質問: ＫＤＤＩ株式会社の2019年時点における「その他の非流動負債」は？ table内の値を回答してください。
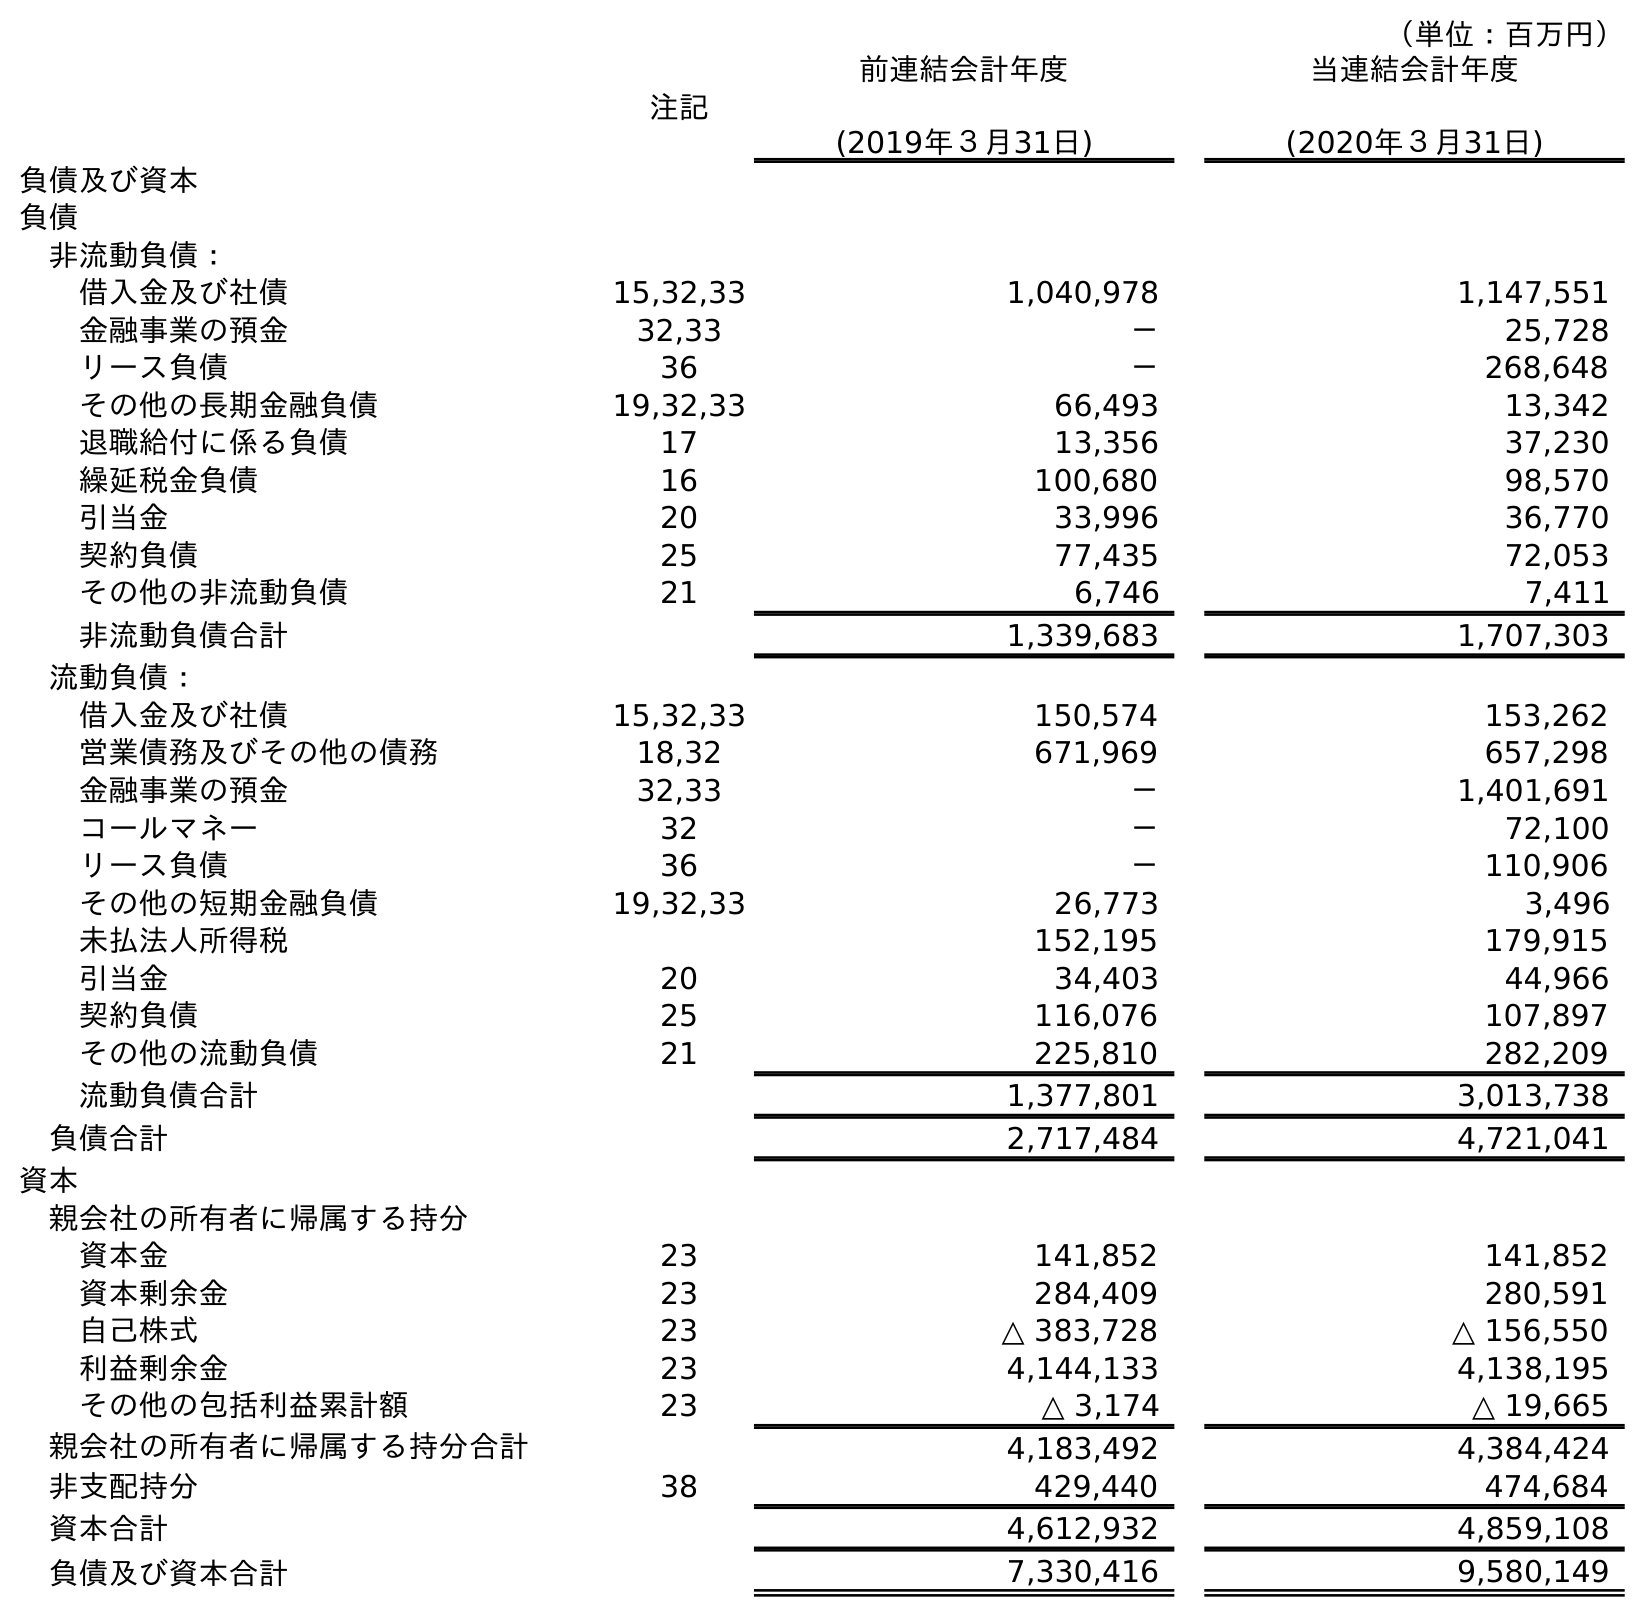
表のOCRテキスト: （単位：百万円） 注記 前連結会計年度 (2019年３月31日) 当連結会計年度 (2020年３月31日) 負債及び資本 負債 非流動負債： 借入金及び社債 15,32,33 1,040,978 1,147,551 金融事業の預金 32,33 － 25,728 リース負債 36 － 268,648 その他の長期金融負債 19,32,33 66,493 13,342 退職給付に係る負債 17 13,356 37,230 繰延税金負債 16 100,680 98,570 引当金 20 33,996 36,770 契約負債 25 77,435 72,053 その他の非流動負債 21 6,746 7,411 非流動負債合計 1,339,683 1,707,303 流動負債： 借入金及び社債 15,32,33 150,574 153,262 営業債務及びその他の債務 18,32 671,969 657,298 金融事業の預金 32,33 － 1,401,691 コールマネー 32 － 72,100 リース負債 36 － 110,906 その他の短期金融負債 19,32,33 26,773 3,496 未払法人所得税 152,195 179,915 引当金 20 34,403 44,966 契約負債 25 116,076 107,897 その他の流動負債 21 225,810 282,209 流動負債合計 1,377,801 3,013,738 負債合計 2,717,484 4,721,041 資本 親会社の所有者に帰属する持分 資本金 23 141,852 141,852 資本剰余金 23 284,409 280,591 自己株式 23 △ 383,728 △ 156,550 利益剰余金 23 4,144,133 4,138,195 その他の包括利益累計額 23 △ 3,174 △ 19,665 親会社の所有者に帰属する持分合計 4,183,492 4,384,424 非支配持分 38 429,440 474,684 資本合計 4,612,932 4,859,108 負債及び資本合計 7,330,416 9,580,149
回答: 6,746